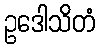
ဥဒေါသိတံ